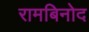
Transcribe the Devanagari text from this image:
रामबिनोद